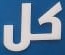
كل